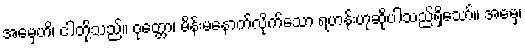
အမှေဟိ၊ ငါတို့သည်။ ဝုတ္တော၊ မိန်းမနောက်လိုက်သော ရဟန်းဟုဆိုပါသည်ရှိသော်။ အမှေ၊